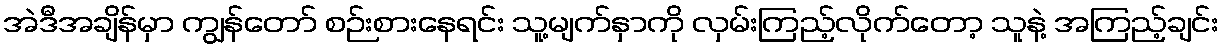
အဲဒီအချိန်မှာ ကျွန်တော် စဉ်းစားနေရင်း သူ့မျက်နှာကို လှမ်းကြည့်လိုက်တော့ သူနဲ့ အကြည့်ချင်း